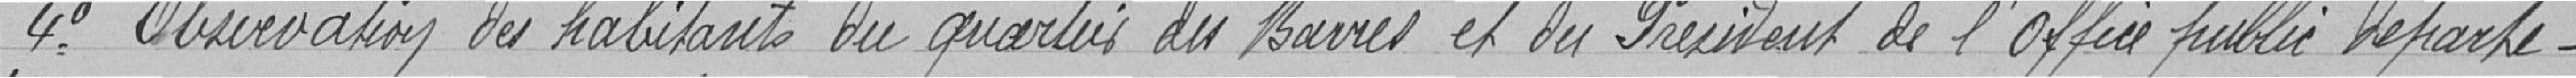
4° Observation des habitants du quartier des Barres et du Président de l'Office public Départe-